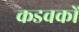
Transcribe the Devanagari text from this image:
कडवकों